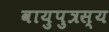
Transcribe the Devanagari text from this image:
वायुपुत्रस्य